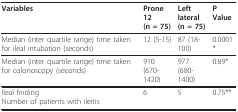
| Variables | Prone 12(n = 75) | Left lateral(n = 75) | P Value |
 | --- | --- | --- | --- |
 | Median (inter quartile range) time taken for ileal intubation (seconds) | 12 (5-15) | 87 (18-100) | 0.0001 * |
 | Median (inter quartile range) time taken for colonoscopy (seconds) | 910 (670-1420) | 977 (680-1400) | 0.89* |
 | Ileal findingNumber of patients with ileitis | 6 | 5 | 0.75** |